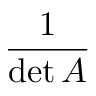
\frac { 1 } { \operatorname* { d e t } A }